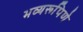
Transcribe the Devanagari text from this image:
भव्यरूपिणे